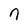
Character: n